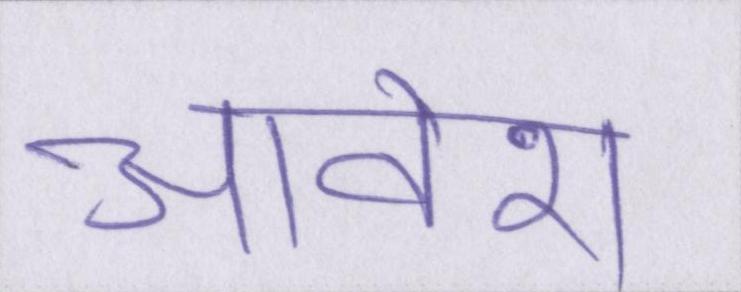
आवेश